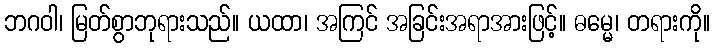
ဘဂဝါ၊ မြတ်စွာဘုရားသည်။ ယထာ၊ အကြင် အခြင်းအရာအားဖြင့်။ ဓမ္မေ၊ တရားကို။